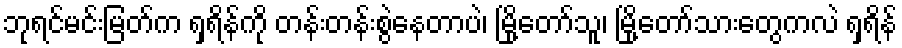
ဘုရင်မင်းမြတ်က ရှရိန်ကို တန်းတန်းစွဲနေတာပဲ၊ မြို့တော်သူ၊ မြို့တော်သားတွေကလဲ ရှရိန်